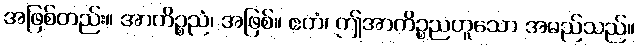
အဖြစ်တည်း။ အာကိဉ္စညံ၊ အဖြစ်။ ဧတံ၊ ဤအာကိဉ္စညဟူသော အမည်သည်။